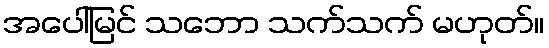
အပေါ်မြင် သဘော သက်သက် မဟုတ်။